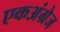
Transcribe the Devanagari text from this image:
एकअंग्रेज